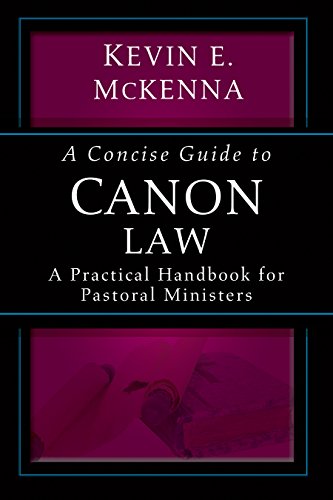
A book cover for A Concise Guide to Canon Law; A Practical Handbook for Pastoral Ministers; Kevin E. McKenna; Christian Books & Bibles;